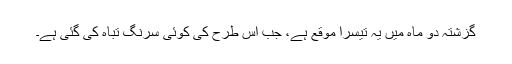
گزشتہ دو ماہ میں یہ تیسرا موقع ہے، جب اس طرح کی کوئی سرنگ تباہ کی گئی ہے۔